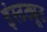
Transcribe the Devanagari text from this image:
इंस्‍टट्यूट